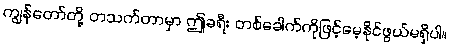
ကျွန်တော်တို့ တသက်တာမှာ ဤခရီး တစ်ခေါက်ကိုဖြင့်မေ့နိုင်ဖွယ်မရှိပါ။